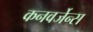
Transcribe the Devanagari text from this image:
कनवर्जेन्स